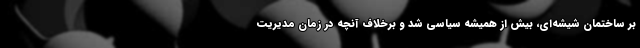
بر ساختمان شیشه‌ای، بیش از همیشه سیاسی شد و برخلاف آنچه در زمان مدیریت